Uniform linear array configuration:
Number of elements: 4
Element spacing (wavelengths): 0.5
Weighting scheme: binomial
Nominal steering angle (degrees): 0
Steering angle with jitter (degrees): -1.649
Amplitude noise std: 0.05
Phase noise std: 0.05

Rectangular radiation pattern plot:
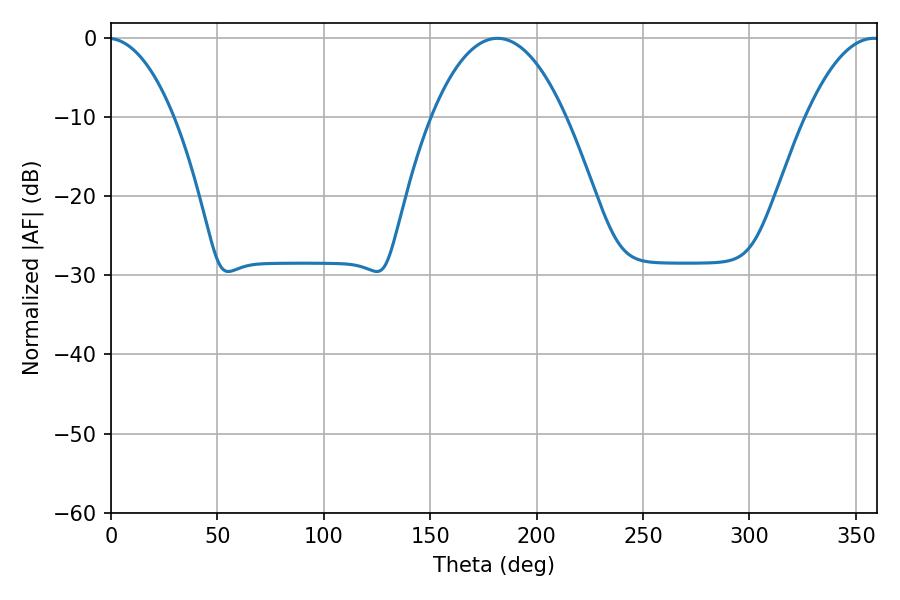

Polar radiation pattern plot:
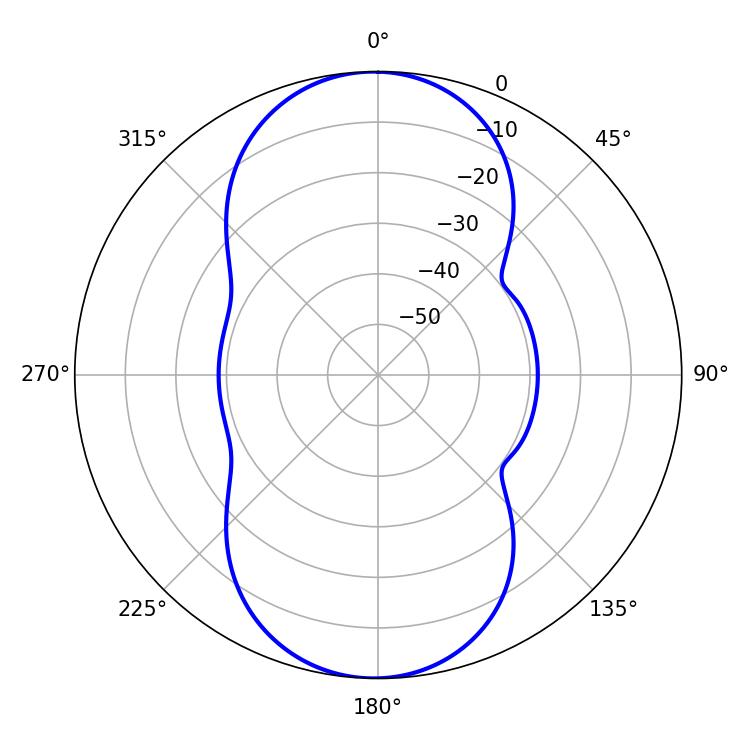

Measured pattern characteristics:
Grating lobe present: FALSE
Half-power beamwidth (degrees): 35.1
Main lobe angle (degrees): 181.62